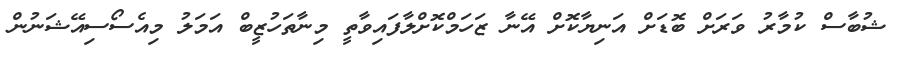
ޝުބާސް ކުމާރު ވަރަށް ބޮޑަށް އަނިޔާކޮށް އޭނާ ޒަހަމްކޮށްލާފައިވާތީ މިނާތަހުޒީބް އަމަލު މިއެސޯސިއޭޝަނުން